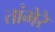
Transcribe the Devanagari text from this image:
तांभेरे